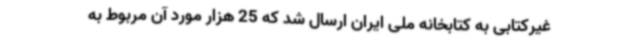
غیرکتابی به کتابخانه ملی ایران ارسال شد که 25 هزار مورد آن مربوط به